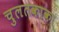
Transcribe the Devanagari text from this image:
चुलतकाका